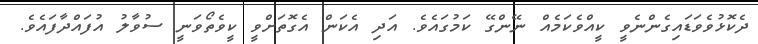
ދެކޮޅުވެވަޑައިގެންނެވީ ކީއްވެކަމެއް ނޭންގޭ ކަމުގައެވެ. އަދި އެކަން އެގޮތަށްވީ ކީވެތޯވަނީ ސުވާލު އުފައްދާފައެވެ.